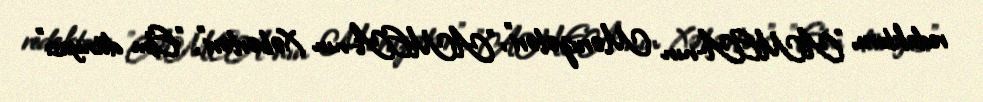
redaktoru, "AMEA-nın Məruzələri", "AMEA-nın Xəbərləri", "Elm dünyası"